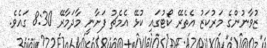
ޒުވާނުންގެ މަރުކަޒު އެތެރޭ ކޯޓުގައި ކުޅޭ އެމެޗު ފަށާނީ މާދަމާރޭ 8:30 ގައެވެ.